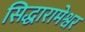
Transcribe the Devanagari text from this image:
सिद्धारामेश्वर